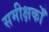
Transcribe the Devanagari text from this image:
समीक्षकोँ